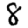
Digit: 8